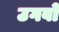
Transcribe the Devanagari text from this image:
उगवो